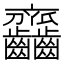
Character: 𪚎